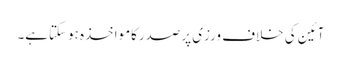
آئین کی خلاف ورزی پرصدرکامواخذہ ہوسکتاہے۔